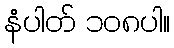
နံပါတ် ၁၀၈ပါ။